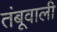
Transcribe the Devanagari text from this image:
तंबूवाली